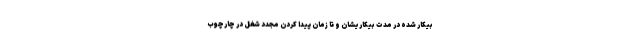
بیکار شده در مدت بیکاریشان و تا زمان پیدا کردن مجدد شغل در چارچوب